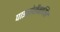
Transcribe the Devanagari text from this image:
पाइरोबेंजामिन